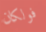
فولكان